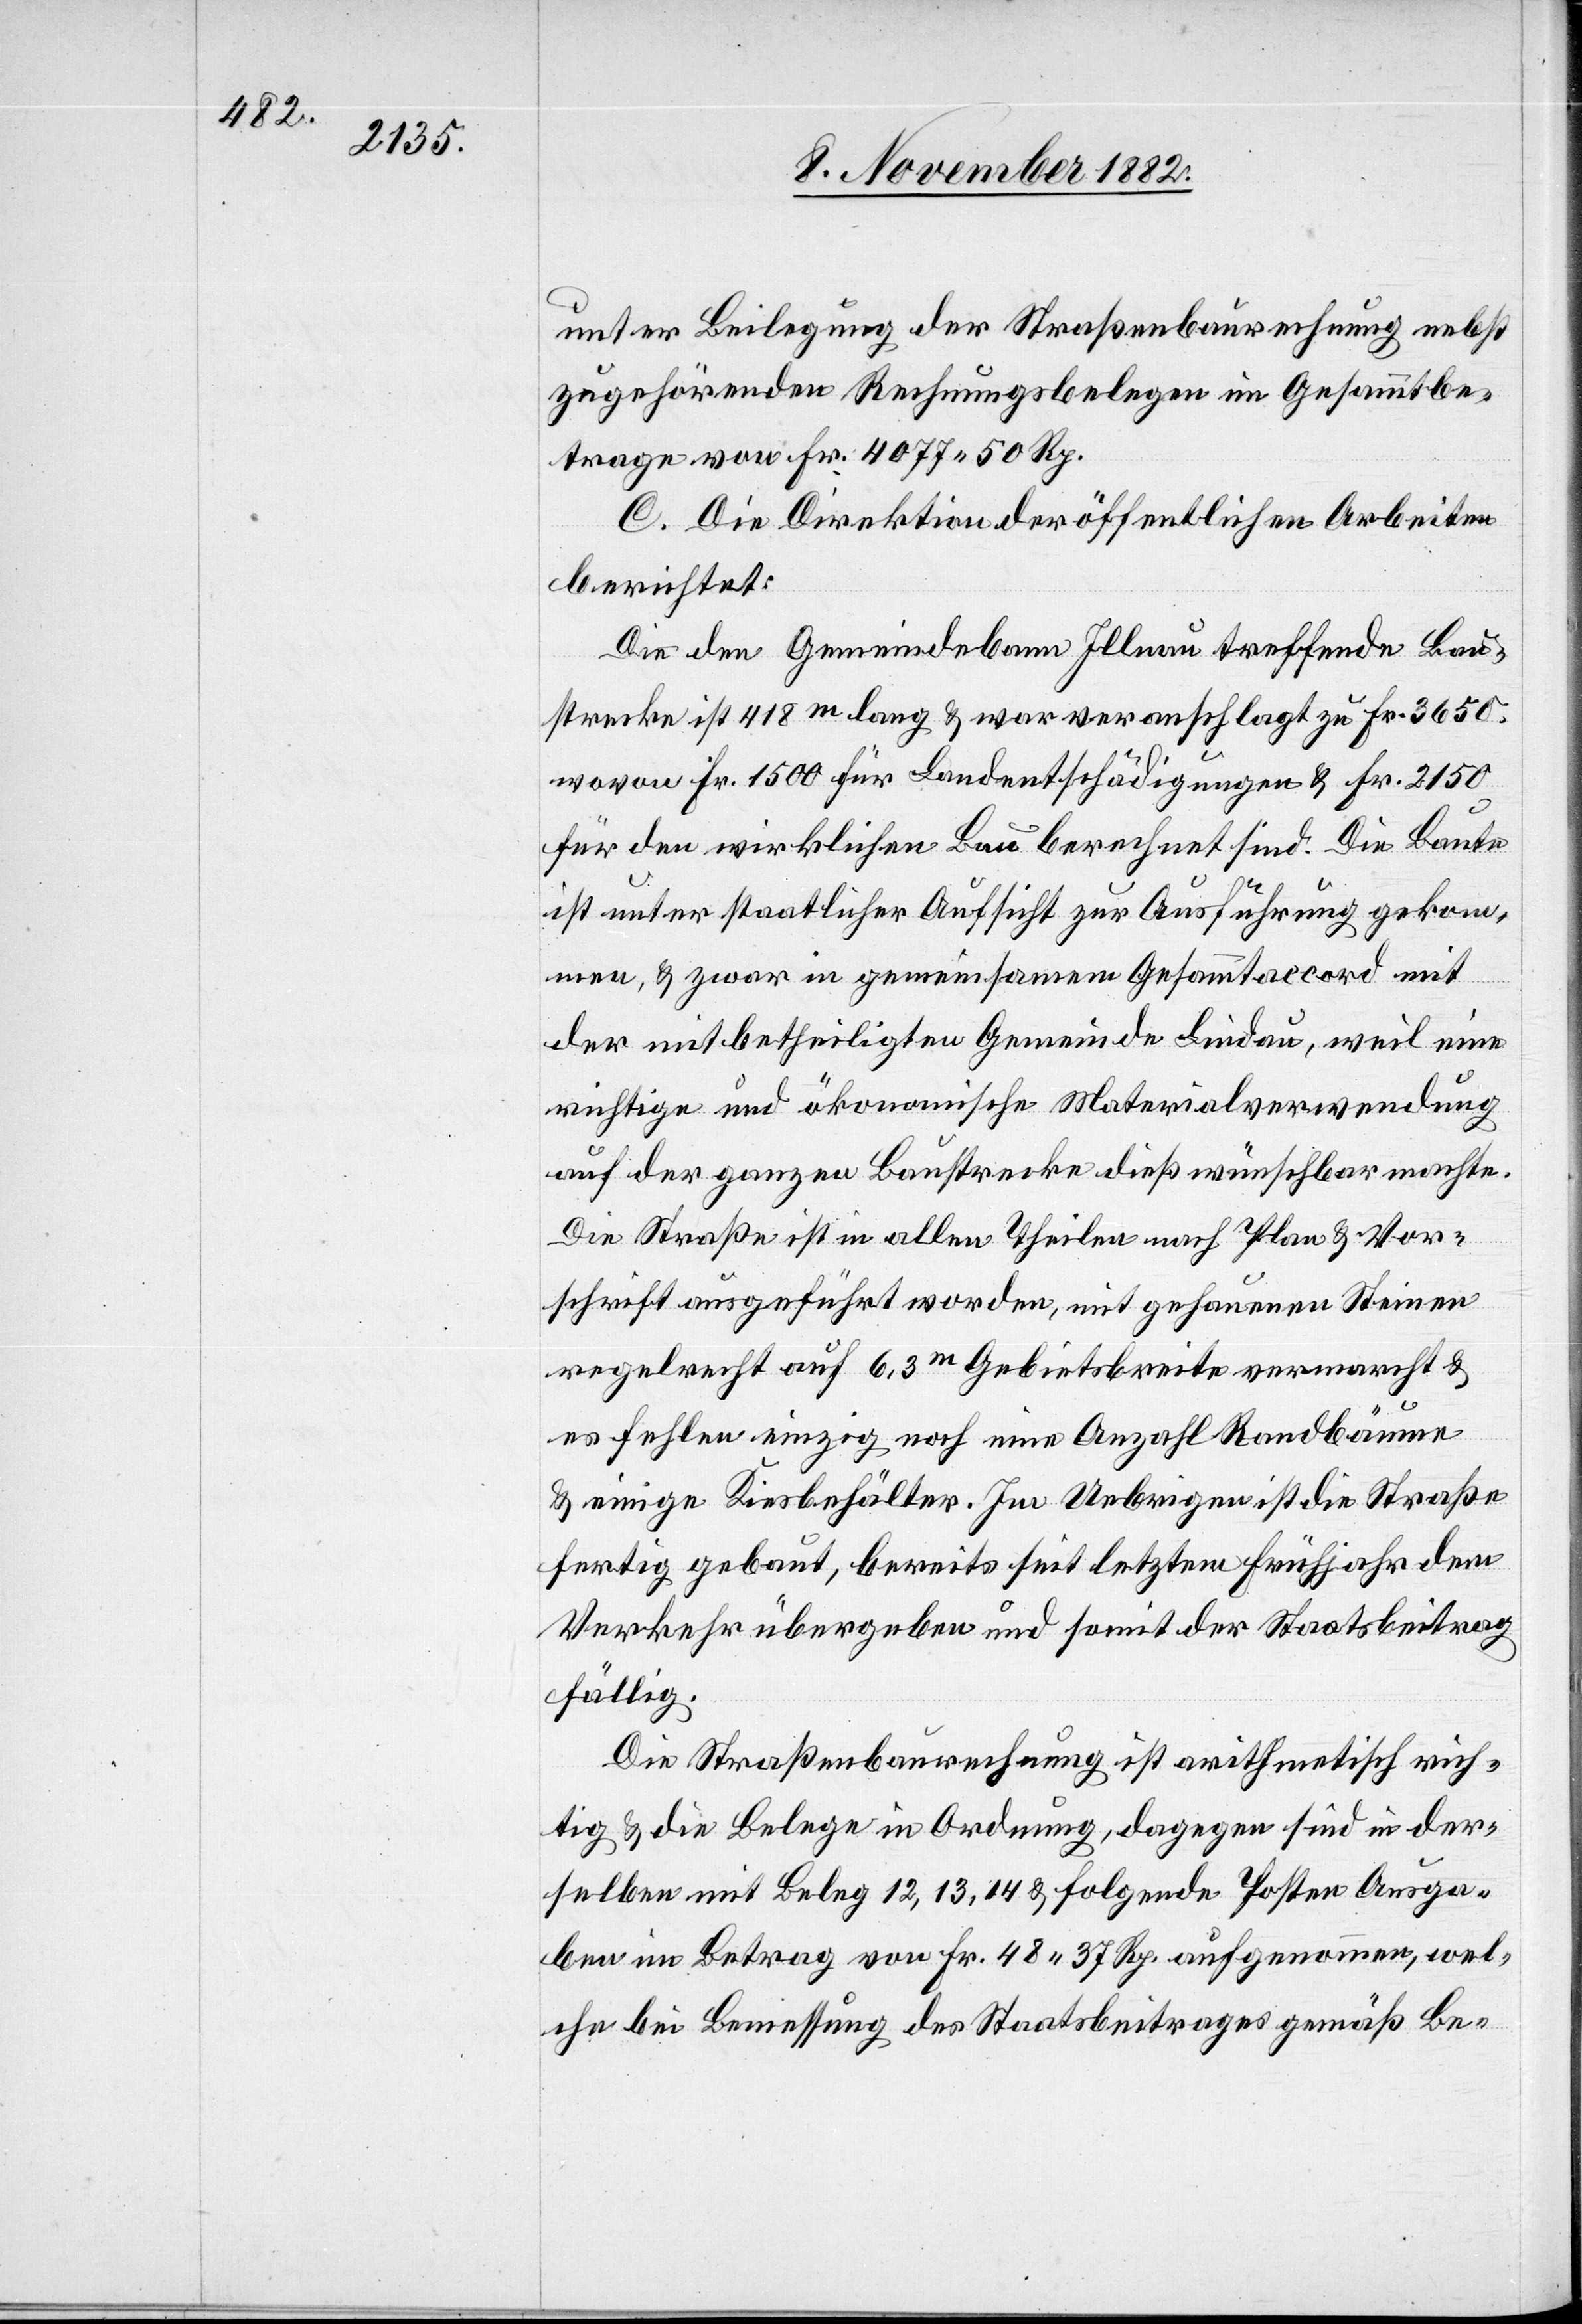
unter Beilegung der Straßenbaurechnung nebst
zugehörenden Rechnungsbelegen im Gesammtbe¬
trage von Fr. 4077 50 Rp.
C. Die Direktion der öffentlichen Arbeiten
berichtet:
Die den Gemeindebann Illnau treffende Bau¬
strecke ist 418 m lang & war veranschlagt zu Fr. 3650.
wovon Fr. 1500 für Landentschädigungen & Fr. 2150
für den wirklichen Bau berechnet sind. Die Baute
ist unter staatlicher Aufsicht zur Ausführung gekom¬
men, & zwar in gemeinsamem Gesammtaccord mit
der mitbetheiligten Gemeinde Lindau, weil eine
richtige und ökonomische Materialverwendung
auf der ganzen Baustrecke dieß wünschbar machte.
Die Straße ist in allen Theilen nach Plan & Vor¬
schrift ausgeführt worden, mit gehauenen Steinen
regelrecht auf 6,3m Gebietsbreite vermarcht &
es fehlen einzig noch eine Anzahl Randbäume
& einige Kiesbehälter. Im Uebrigen ist die Straße
fertig gebaut, bereits seit letztem Frühjahr dem
Verkehr übergeben und somit der Staatsbeitrag
fällig.
Die Straßenbaurechnung ist arithmetisch rich¬
tig & die Belege in Ordnung, dagegen sind in der¬
selben mit Beleg 12,13, 14 & folgende Posten Ausga¬
ben im Betrag von Fr. 48 37 Rp. aufgenommen, wel¬
che bei Bemessung des Staatsbeitrages gemäß Be-